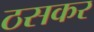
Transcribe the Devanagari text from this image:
ठसकर